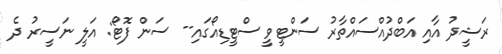
ރަޝީދު އާއި އަބްދުއްސައްތާރު ސަންޓީވީ ސްޓީޑިއޯގައި-- ސަން ފޮޓޯ: އަލީ ނަސީރު ދެ